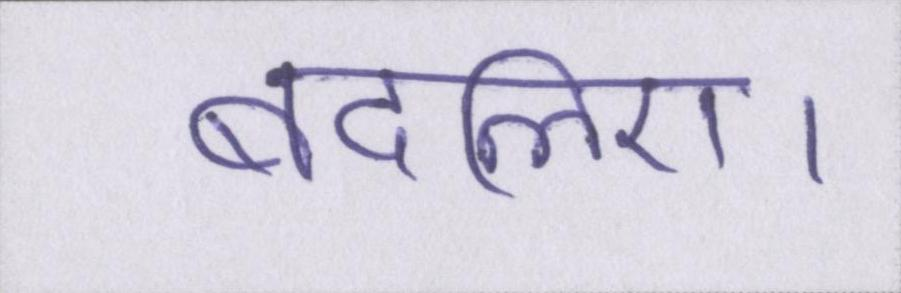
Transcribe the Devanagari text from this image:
बदलिए।